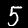
Label: 5